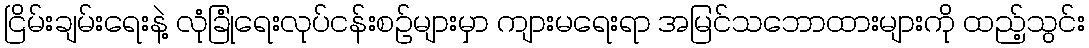
ငြိမ်းချမ်းရေးနဲ့ လုံခြုံရေးလုပ်ငန်းစဉ်များမှာ ကျားမရေးရာ အမြင်သဘောထားများကို ထည့်သွင်း